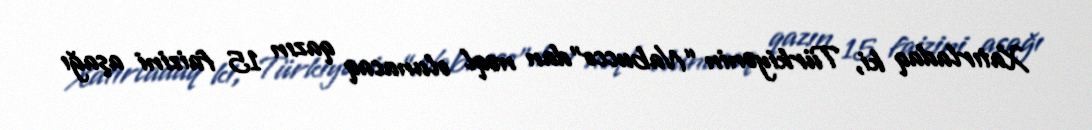
Xatırladaq ki, Türkiyənin “Nabucco”dan nəql olunacaq qazın 15 faizini aşağı